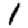
Digit: 1